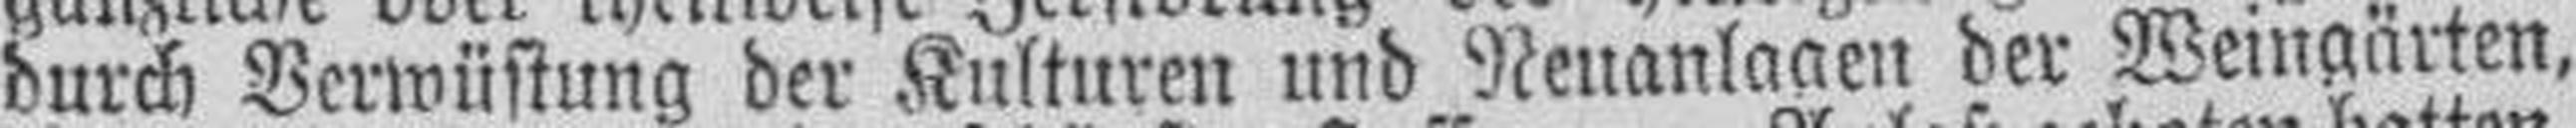
durch Verwüstung der Kulturen und Neuanlagen der Weingärten,